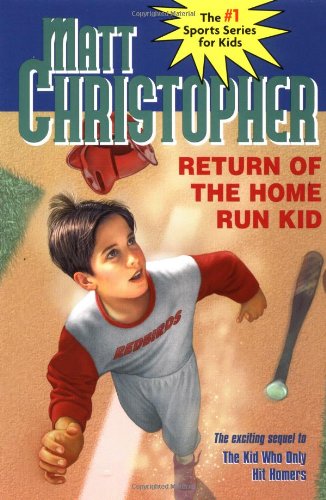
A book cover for Return of the Home Run Kid (Matt Christopher Sports Classics); Matt Christopher; Teen & Young Adult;